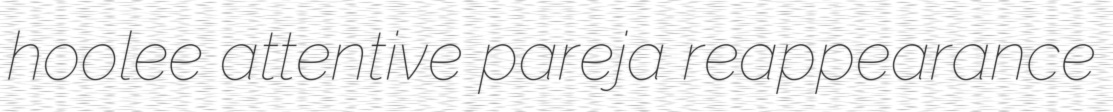
hoolee attentive pareja reappearance